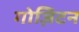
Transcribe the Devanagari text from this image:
गोज़िटन